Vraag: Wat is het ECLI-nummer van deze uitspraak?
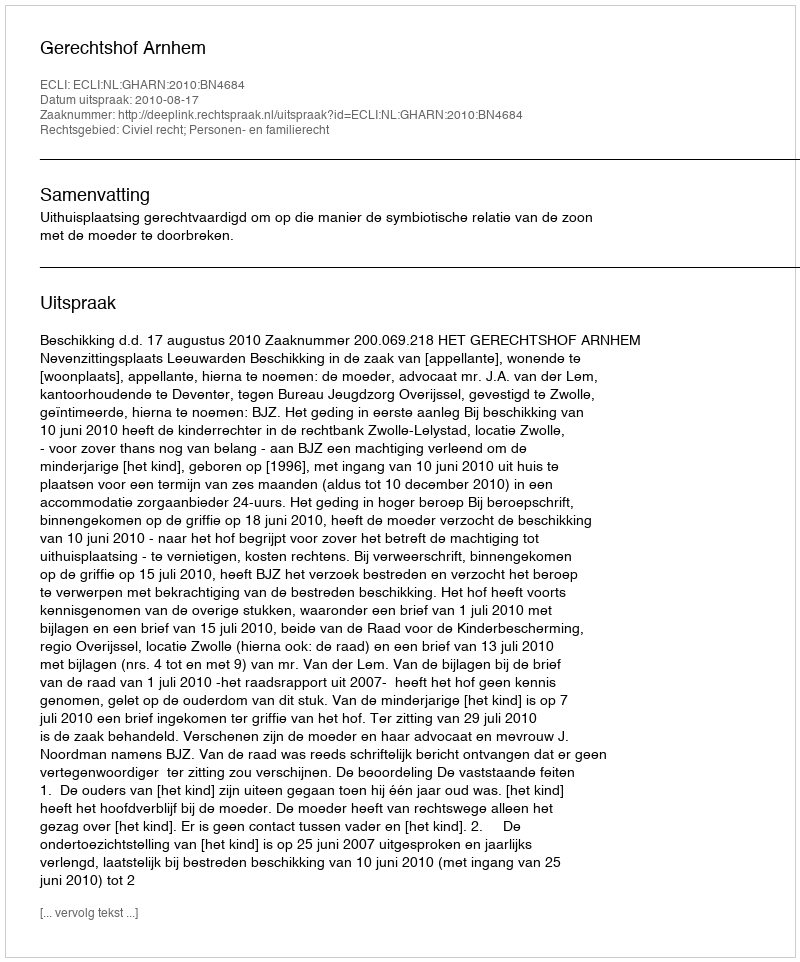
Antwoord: ECLI:NL:GHARN:2010:BN4684